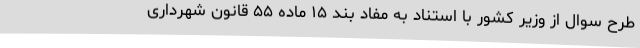
طرح سوال از وزیر کشور با استناد به مفاد بند ۱۵ ماده ۵۵ قانون شهرداری